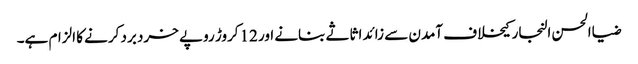
ضیاالحسن النجار کیخلاف آمدن سے زائد اثاثے بنانے اور 12کروڑ روپے خرد برد کرنے کا الزام ہے۔